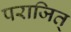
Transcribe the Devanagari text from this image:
पराजित्